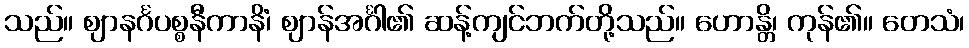
သည်။ ဈာနင်္ဂပစ္စနီကာနိံ၊ ဈာန်အင်္ဂါ၏ ဆန့်ကျင်ဘက်တို့သည်။ ဟောန္တိ၊ ကုန်၏။ တေသံ၊